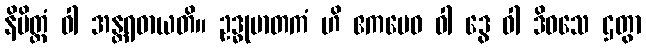
နိမိတ္တံ ဝါ အန္တရဓာယတိ။ ဥဒ္ဓုမာတကံ ဟိ ဧကမေဝ ဝါ ဒွေ ဝါ ဒိဝသေ ဌတွာ